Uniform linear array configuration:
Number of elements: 48
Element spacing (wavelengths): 0.75
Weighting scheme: uniform
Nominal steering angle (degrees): -45
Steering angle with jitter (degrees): -45.982
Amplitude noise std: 0.05
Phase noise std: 0.05

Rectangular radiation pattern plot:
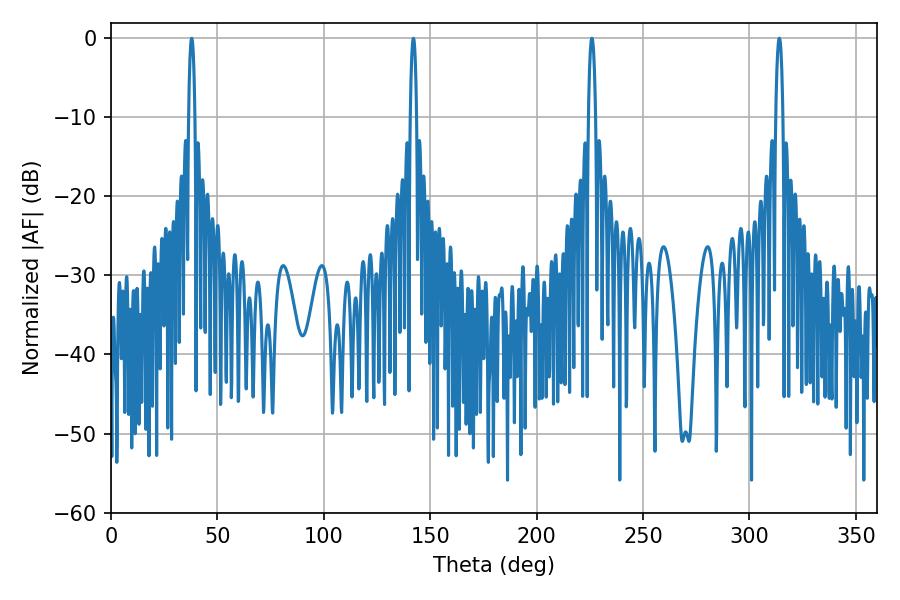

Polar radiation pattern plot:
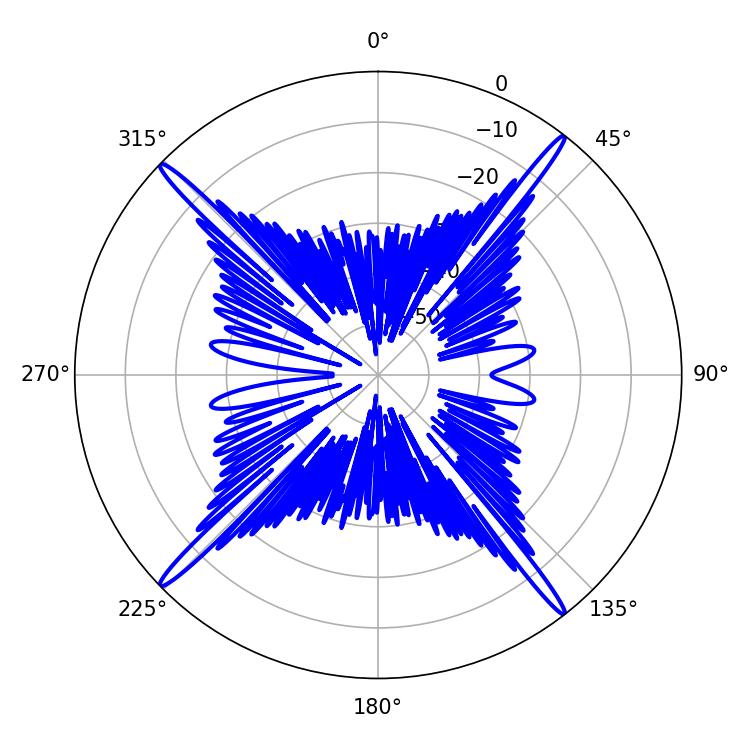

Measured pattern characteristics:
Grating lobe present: TRUE
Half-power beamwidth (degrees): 1.98
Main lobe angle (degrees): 225.9